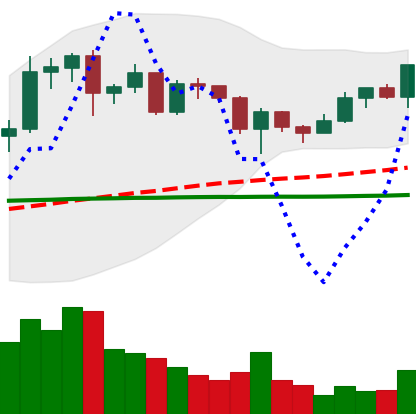
Ticker: ADA-USD
Chart end date: 2020-12-16
Forward return: -8.91%
Label: down_7plus